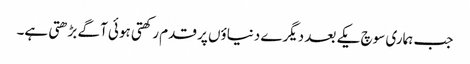
جب ہماری سوچ یکے بعد دیگرے دنیاؤں پر قدم رکھتی ہوئی آگے بڑھتی ہے۔